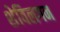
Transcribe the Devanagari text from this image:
शेविलगन